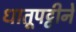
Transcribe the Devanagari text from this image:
धातूपट्टीने